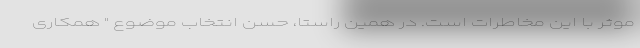
موثر با این مخاطرات است. در همین راستا، حسنِ انتخاب موضوع " همکاری